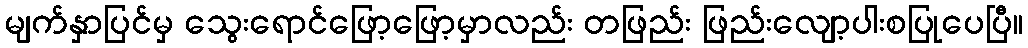
မျက်နှာပြင်မှ သွေးရောင်ဖြော့ဖြော့မှာလည်း တဖြည်း ဖြည်းလျော့ပါးစပြုပေပြီ။